Lunatic asylums in Bengal annual reports 1899-1911 - 1899-1911
Year: 1899
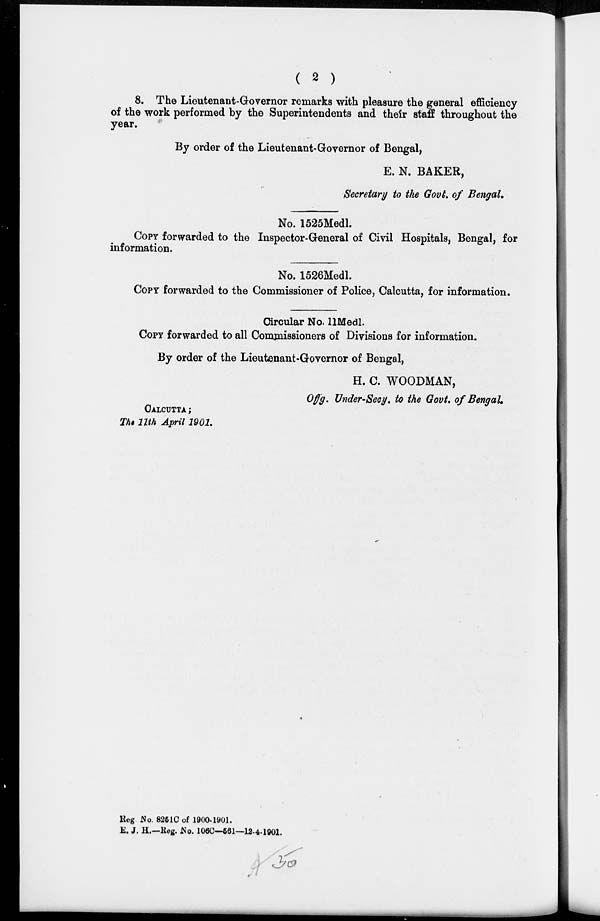
( 2 )
8. The Lieutenant-Governor remarks with pleasure the general efficiency
of the work performed by the Superintendents and their staff throughout the
year.
By order of the Lieutenant-Governor of Bengal,
E. N. BAKER,
Secretary to the Govt. of Bengal.
No. 1525Medl.
COPY forwarded to the Inspector-General of Civil Hospitals, Bengal, for
information.
No. 1526Medl.
COPY forwarded to the Commissioner of Police, Calcutta, for information.
Circular No. 11Medl.
COPY forwarded to all Commissioners of Divisions for information.
By order of the Lieutenant-Governor of Bengal,
H. C. WOODMAN,
Offa. Under-Secy. to the Govt of Bengal.
CALCUTTA;
The 11th April 1901.
Reg No. 8251C of 1900-1901.
E. J. H.—Reg. No. 106C—561—12-4-1901.